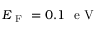
E _ { \mathrm { ~ F ~ } } = 0 . 1 ~ \mathrm { ~ e ~ V ~ }